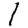
Digit: 1